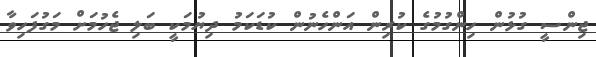
ޖިންސީ ގުޅުން ހިންގުމުގެ ކުރިން އަންހެނުން ކުޑަކަމު ދިޔުމަކީ ބަލި ޖެހުމަށް މަގުފަހިވާ